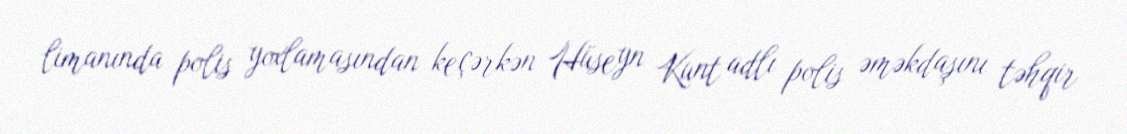
limanında polis yoxlamasından keçərkən Hüseyn Kunt adlı polis əməkdaşını təhqir